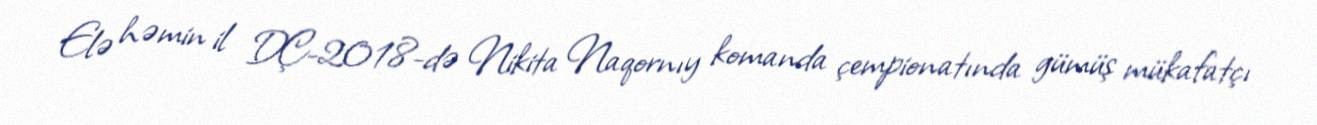
Elə həmin il DÇ-2018-də Nikita Naqornıy komanda çempionatında gümüş mükafatçı